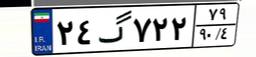
۲۴گ۷۲۲۷۹